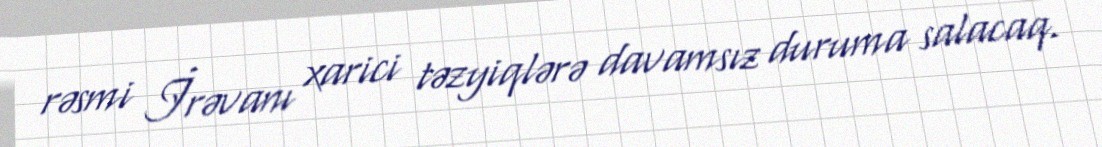
rəsmi İrəvanı xarici təzyiqlərə davamsız duruma salacaq.